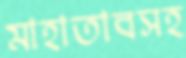
মাহাতাবসহ